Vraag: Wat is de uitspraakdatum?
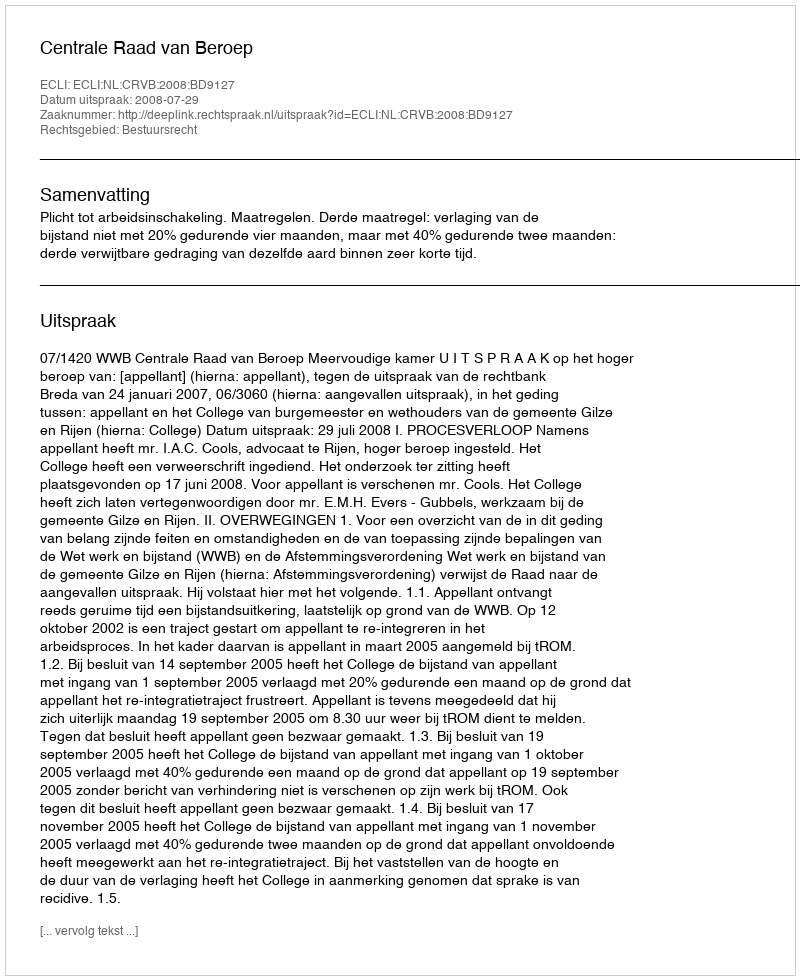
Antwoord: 2008-07-29